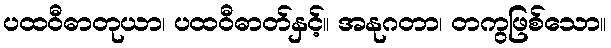
ပထဝီဓာတုယာ၊ ပထဝီဓာတ်နှင့်။ အနုဂတာ၊ တကွဖြစ်သော။